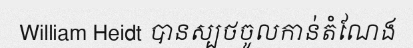
William Heidt បានស្បថចូលកាន់តំណែង